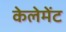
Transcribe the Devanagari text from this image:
केलेमेंट